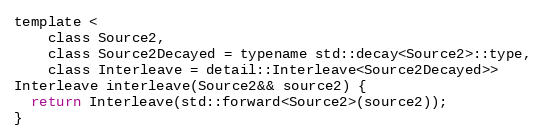
Language: C
template <
    class Source2,
    class Source2Decayed = typename std::decay<Source2>::type,
    class Interleave = detail::Interleave<Source2Decayed>>
Interleave interleave(Source2&& source2) {
  return Interleave(std::forward<Source2>(source2));
}